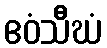
ဧဝံသီဃံ